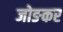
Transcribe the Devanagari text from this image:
जोङकर